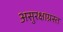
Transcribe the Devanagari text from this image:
असुरक्षाग्रस्त